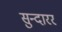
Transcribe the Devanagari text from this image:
सुन्दारर